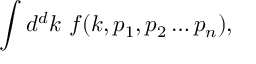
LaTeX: \int d ^ { d } k \ f ( k , p _ { 1 } , p _ { 2 } \ldots p _ { n } ) ,